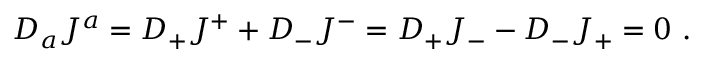
D _ { a } J ^ { a } = D _ { + } J ^ { + } + D _ { - } J ^ { - } = D _ { + } J _ { - } - D _ { - } J _ { + } = 0 \ .